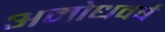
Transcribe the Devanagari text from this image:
अमोधवर्ष